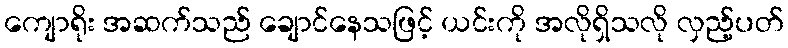
ကျောရိုး အဆက်သည် ချောင်နေသဖြင့် ယင်းကို အလိုရှိသလို လှည့်ပတ်